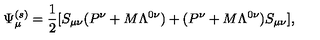
\Psi _ { \mu } ^ { ( s ) } = { \frac { 1 } { 2 } } [ S _ { \mu \nu } ( P ^ { \nu } + M \Lambda ^ { 0 \nu } ) + ( P ^ { \nu } + M \Lambda ^ { 0 \nu } ) S _ { \mu \nu } ] ,